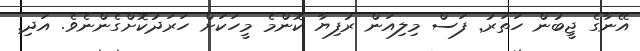
އޭނާގެ ޖީބުން ހަތަރު